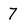
Character: 7